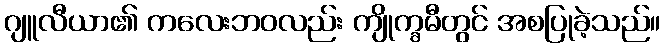
ဂျူလီယာ၏ ကလေးဘဝလည်း ကျိုက္ခမီတွင် အစပြုခဲ့သည်။